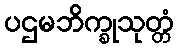
ပဌမဘိက္ခုသုတ္တံ